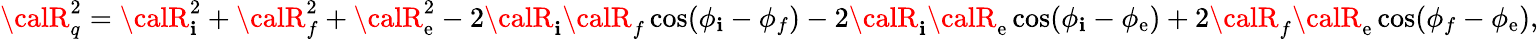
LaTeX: {\calR}_{q}^{2}={\calR}_{\mathbf{i}}^{2}+{\calR}_{f}^{2}+{\calR}_{\mathrm{e}}^{2}-2{\calR}_{\mathbf{i}}{\calR}_{f}\cos(\phi_{\mathbf{i}}-\phi_{f})-2{\calR}_{\mathbf{i}}{\calR}_{\mathrm{e}}\cos(\phi_{\mathbf{i}}-\phi_{\mathrm{e}})+2{\calR}_{f}{\calR}_{\mathrm{e}}\cos(\phi_{f}-\phi_{\mathrm{e}}),